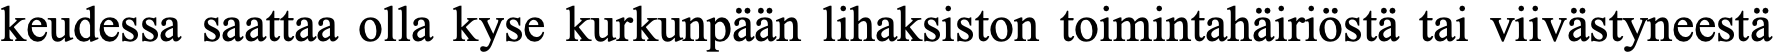
keudessa saattaa olla kyse kurkunpään lihaksiston toimintahäiriöstä tai viivästyneestä